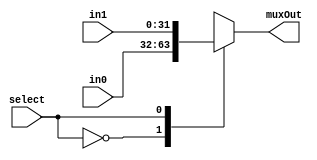
//IF select is 0 then muxout is in0. IF select is 1 then muxout is in1. 
module mux2to1_32bits(input [31:0] in0, input [31:0] in1, input select, output reg [31:0] muxOut);
      //WRITE YOUR CODE HERE, NO NEED TO DEFINE NEW VARIABLES
	always @(in0,in1,select) begin
            case(select)
            1'b0:muxOut=in0;
            1'b1:muxOut=in1;
            endcase
      end
endmodule